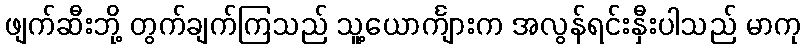
ဖျက်ဆီးဘို့ တွက်ချက်ကြသည် သူ့ယောင်္ကျားက အလွန်ရင်းနှီးပါသည် မာကု